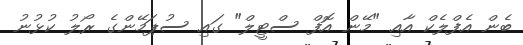
ބެން އެފްލެކް އާއި "މޭން އޮފް ސްޓީލް" ގައި ސުޕަމޭންގެ ރޯލު ކުޅުނު